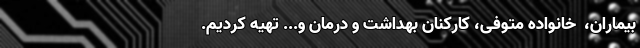
بیماران، ‌ خانواده متوفی، کارکنان بهداشت و درمان و... تهیه کردیم.